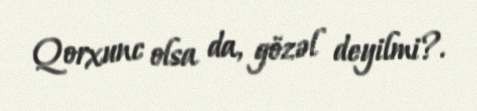
Qorxunc olsa da, gözəl deyilmi?.